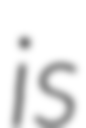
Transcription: is